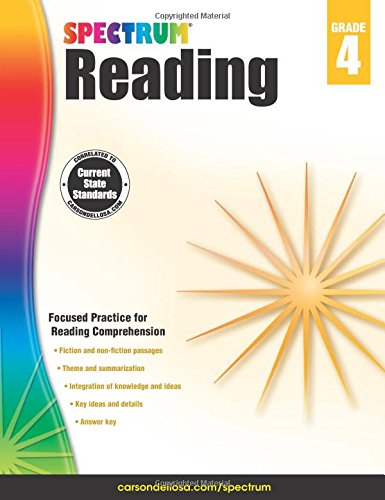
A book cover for Spectrum Reading Workbook, Grade 4; Children's Books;